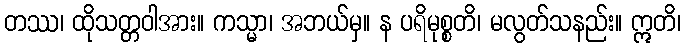
တဿ၊ ထိုသတ္တဝါအား။ ကသ္မာ၊ အဘယ်မှ။ န ပရိမုစ္စတိ၊ မလွတ်သနည်း။ ဣတိ၊